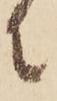
に